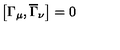
\left[ \Gamma _ { \mu } , \overline { { \Gamma } } _ { \nu } \right] = 0